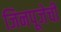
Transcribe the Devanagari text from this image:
जिनपूजेची